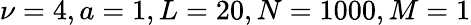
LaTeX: \nu=4,a=1,L=20,N=1000,M=1